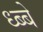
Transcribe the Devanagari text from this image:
ध्ब्बे